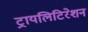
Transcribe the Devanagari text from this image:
ट्रायलिटिरेशन